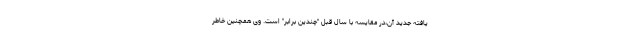
یافته جدید آن،در مقایسه با سال قبل "چندین برابر" است. وی همچنین خاطر